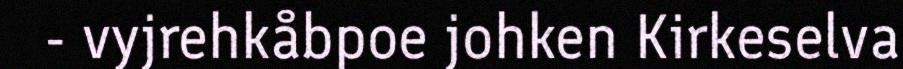
- vyjrehkåbpoe johken Kirkeselva